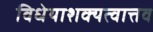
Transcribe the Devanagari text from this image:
विधेयाशक्यत्वात्तव